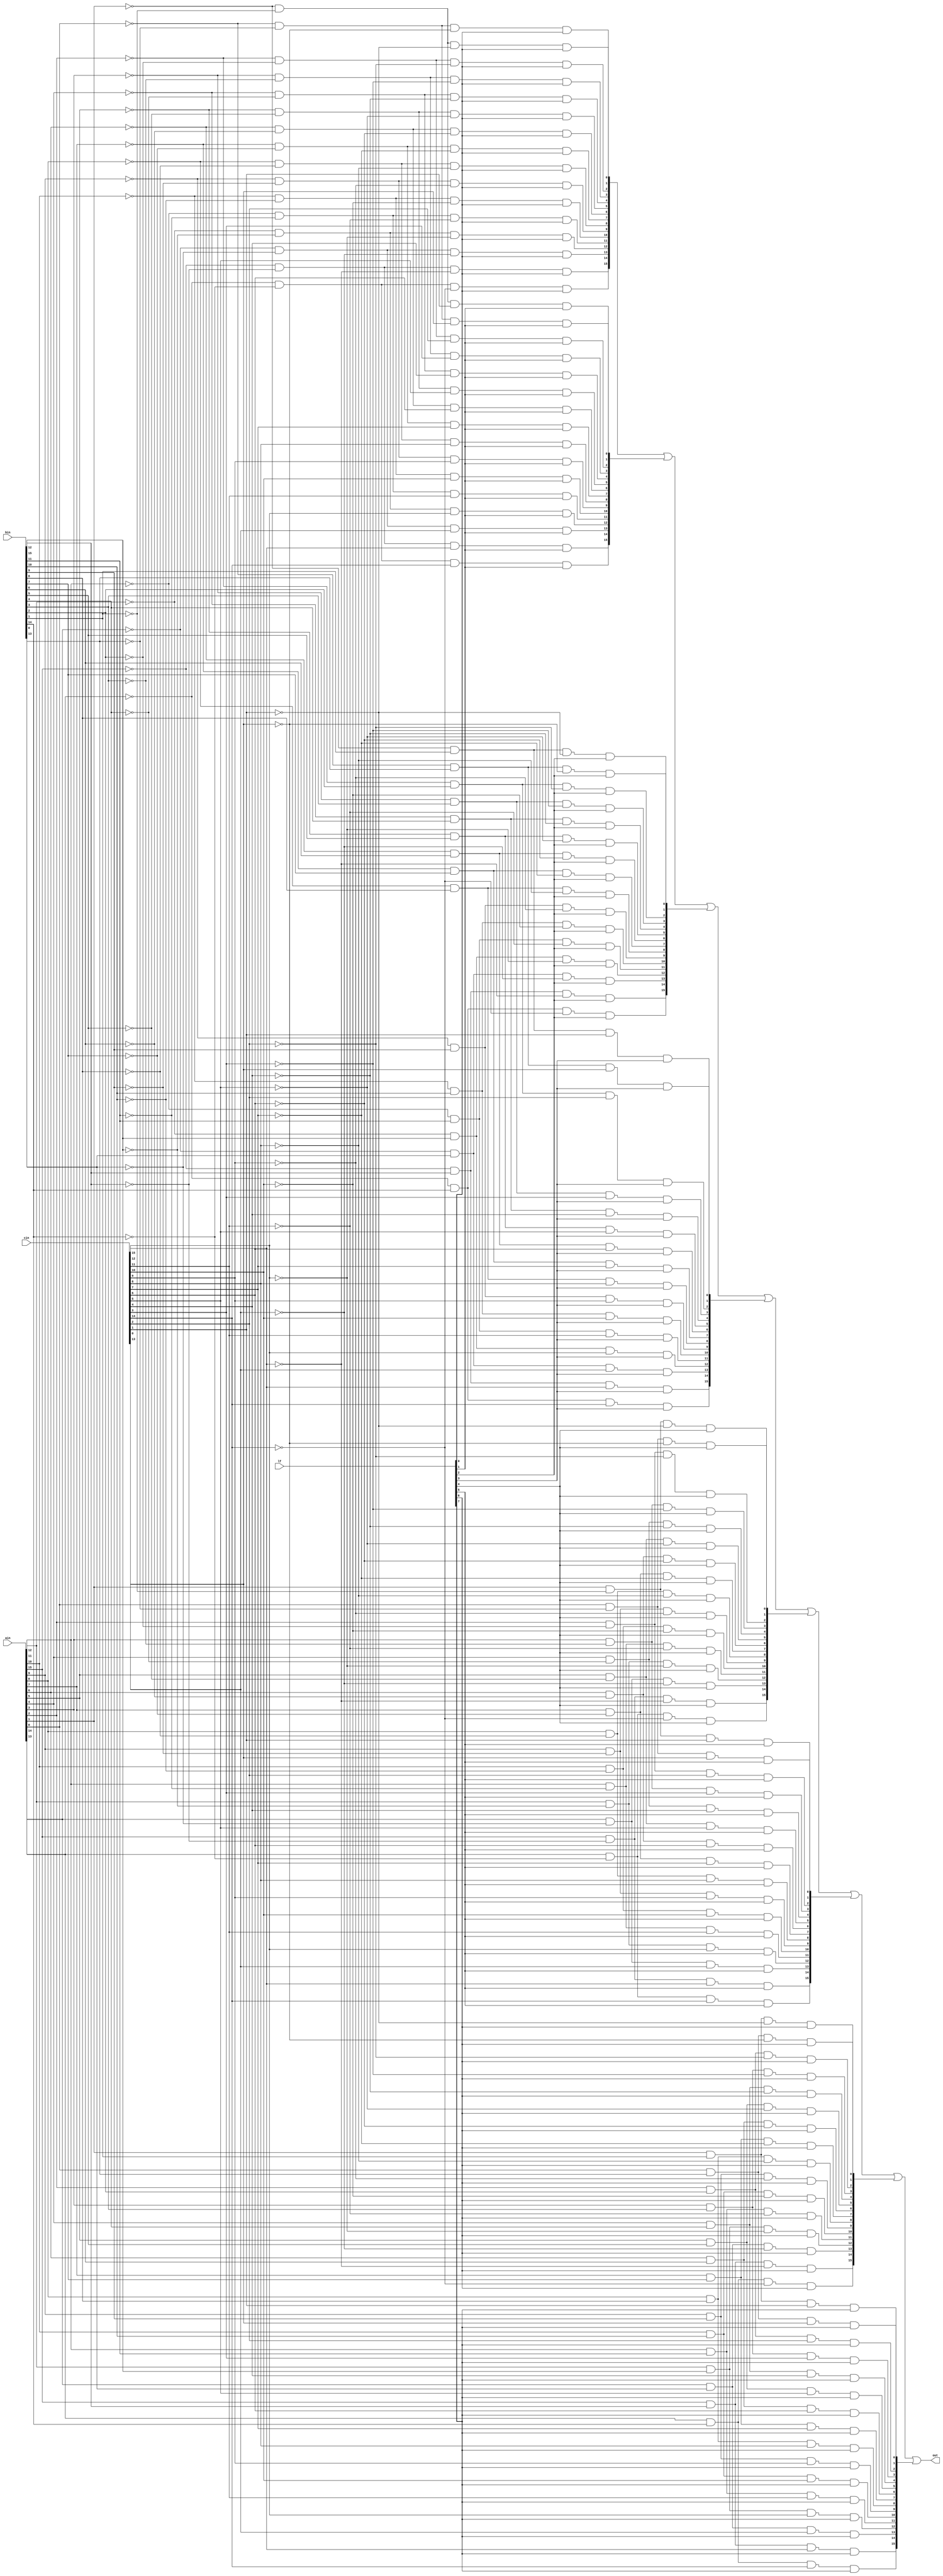
module agnus_blitter_minterm
(
	input	[7:0] lf,	//LF control byte
	input	[15:0] ain,	//A channel in
	input	[15:0] bin,	//B channel in
	input	[15:0] cin,	//C channel in
	output	[15:0] out	//function generator output
);

reg		[15:0] mt0;		//minterm 0
reg		[15:0] mt1;		//minterm 1
reg		[15:0] mt2;		//minterm 2
reg		[15:0] mt3;		//minterm 3
reg		[15:0] mt4;		//minterm 4
reg		[15:0] mt5;		//minterm 5
reg		[15:0] mt6;		//minterm 6
reg		[15:0] mt7;		//minterm 7

//Minterm generator for each bit. The code inside the loop 
//describes one bit. The loop is 'unrolled' by the 
//synthesizer to cover all 16 bits in the word.
integer j;
always @(ain or bin or cin or lf)
	for (j=15; j>=0; j=j-1)
	begin
		mt0[j] = ~ain[j] & ~bin[j] & ~cin[j] & lf[0];
		mt1[j] = ~ain[j] & ~bin[j] &  cin[j] & lf[1];
		mt2[j] = ~ain[j] &  bin[j] & ~cin[j] & lf[2];
		mt3[j] = ~ain[j] &  bin[j] &  cin[j] & lf[3];
		mt4[j] =  ain[j] & ~bin[j] & ~cin[j] & lf[4];
		mt5[j] =  ain[j] & ~bin[j] &  cin[j] & lf[5];
		mt6[j] =  ain[j] &  bin[j] & ~cin[j] & lf[6];
		mt7[j] =  ain[j] &  bin[j] &  cin[j] & lf[7];
	end

//Generate function generator output by or-ing all
//minterms together.
assign out = mt0 | mt1 | mt2 | mt3 | mt4 | mt5 | mt6 | mt7;


endmodule